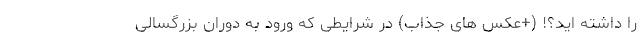
را داشته اید؟! (+عکس های جذاب) در شرایطی که ورود به دوران بزرگسالی